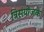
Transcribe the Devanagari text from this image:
त्रिसंयोंजक